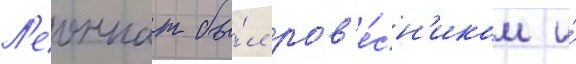
Л'еоннат бы́л ров'е́сн'иком и́